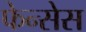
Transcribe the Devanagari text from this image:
फेन्सेस